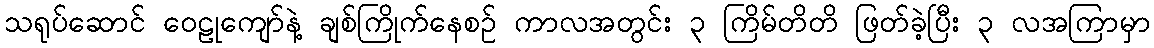
သရုပ်ဆောင် ဝေဠုကျော်နဲ့ ချစ်ကြိုက်နေစဉ် ကာလအတွင်း ၃ ကြိမ်တိတိ ဖြတ်ခဲ့ပြီး ၃ လအကြာမှာ